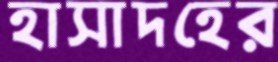
হাসাদহের